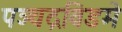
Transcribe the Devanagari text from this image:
पञ्चद्रविडमे